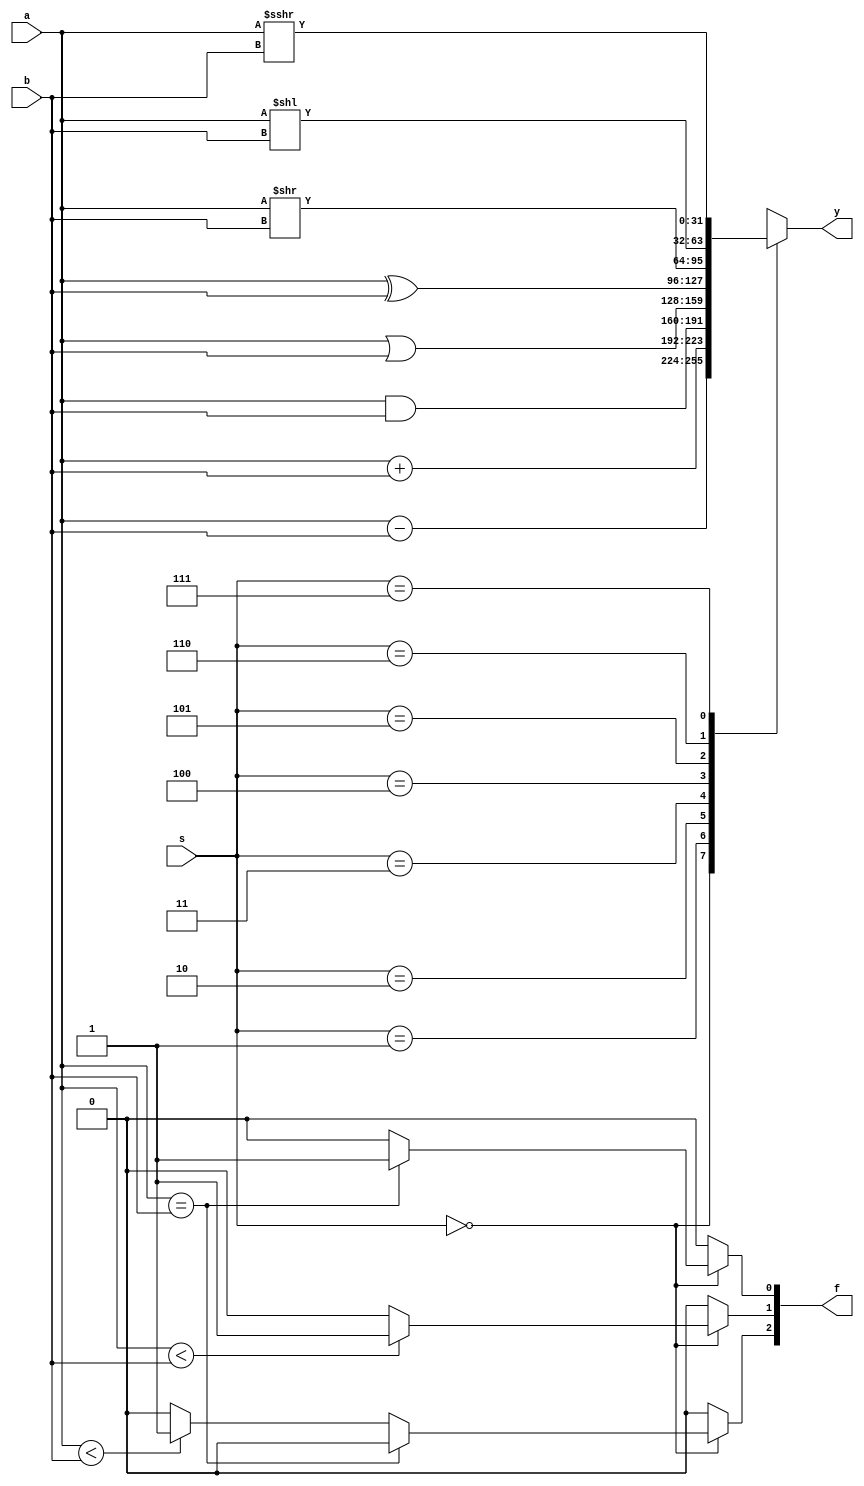
`timescale 1ns / 1ps
//////////////////////////////////////////////////////////////////////////////////
// Company: 
// Engineer: 
// 
// Design Name: 
// Module Name: ALU
// Project Name: 
// Target Devices: 
// Tool Versions: 
// Description: 
// 
// Dependencies: 
// 
// Revision:
// Revision 0.01 - File Created
// Additional Comments:
// 
//////////////////////////////////////////////////////////////////////////////////


module ALU#(
parameter WIDTH = 32     //
)(
    input [WIDTH-1:0] a, b,       //
    input [2:0] s,                      //
    output reg [WIDTH-1:0] y,     //
    output reg [2:0] f                     //
);

wire signed [WIDTH-1:0] a1;
wire signed [WIDTH-1:0] b1;
assign a1 = a;
assign b1 = b;

always @(*) begin
    case(s)
        3'b000: y = a - b;
        3'b001: y = a + b;
        3'b010: y = a & b;
        3'b011: y = a | b;
        3'b100: y = a ^ b;
        3'b101: y = a >> b;
        3'b110: y = a << b;
        3'b111: y = a >>> b;
    endcase
end

always @(*) begin
    f = 3'b0;
    if(s == 3'b000) begin
        if(a == b) f[0] = 1'b1;
        else if(a < b) f[2] = 1'b1;
        if(a1 < b1) f[1] = 1'b1; 
    end
end

endmodule